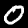
Label: 0